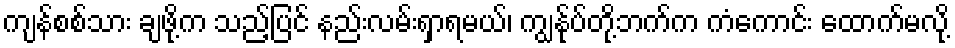
ကျန်စစ်သား ချဖို့က သည့်ပြင် နည်းလမ်းရှာရမယ်၊ ကျွန်ုပ်တို့ဘက်က ကံကောင်း ထောက်မလို့